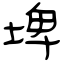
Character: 埤